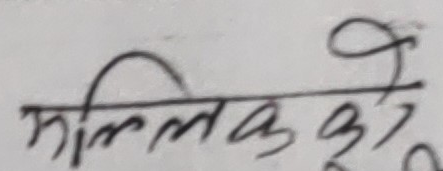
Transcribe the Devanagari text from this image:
मिल्लक को